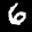
Label: 6